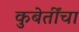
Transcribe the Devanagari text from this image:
कुबेर्तींचा